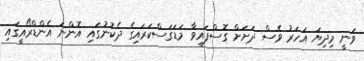
ވަނީ މިދިޔަ އަހަރު ވެސް ދަށަށް ގޮސްފައިވާ މަޑަގަސްކަރައިގެ ދެކުނުގައި އޮންނަ އެންޑްރޯއީގައި